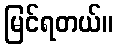
မြင်ရတယ်။